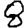
Digit: 8